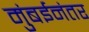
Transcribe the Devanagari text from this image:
मुंबईनंतर